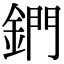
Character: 鍆